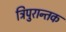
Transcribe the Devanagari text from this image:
त्रिपुरान्तक